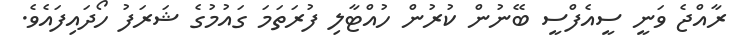
ރާއްޖެ ވަނީ ސީއެފްސީ ބޭނުން ކުރުން ހުއްޓާލި ފުރަތަމަ ގައުމުގެ ޝަރަފު ހޯދައިފައެވެ.